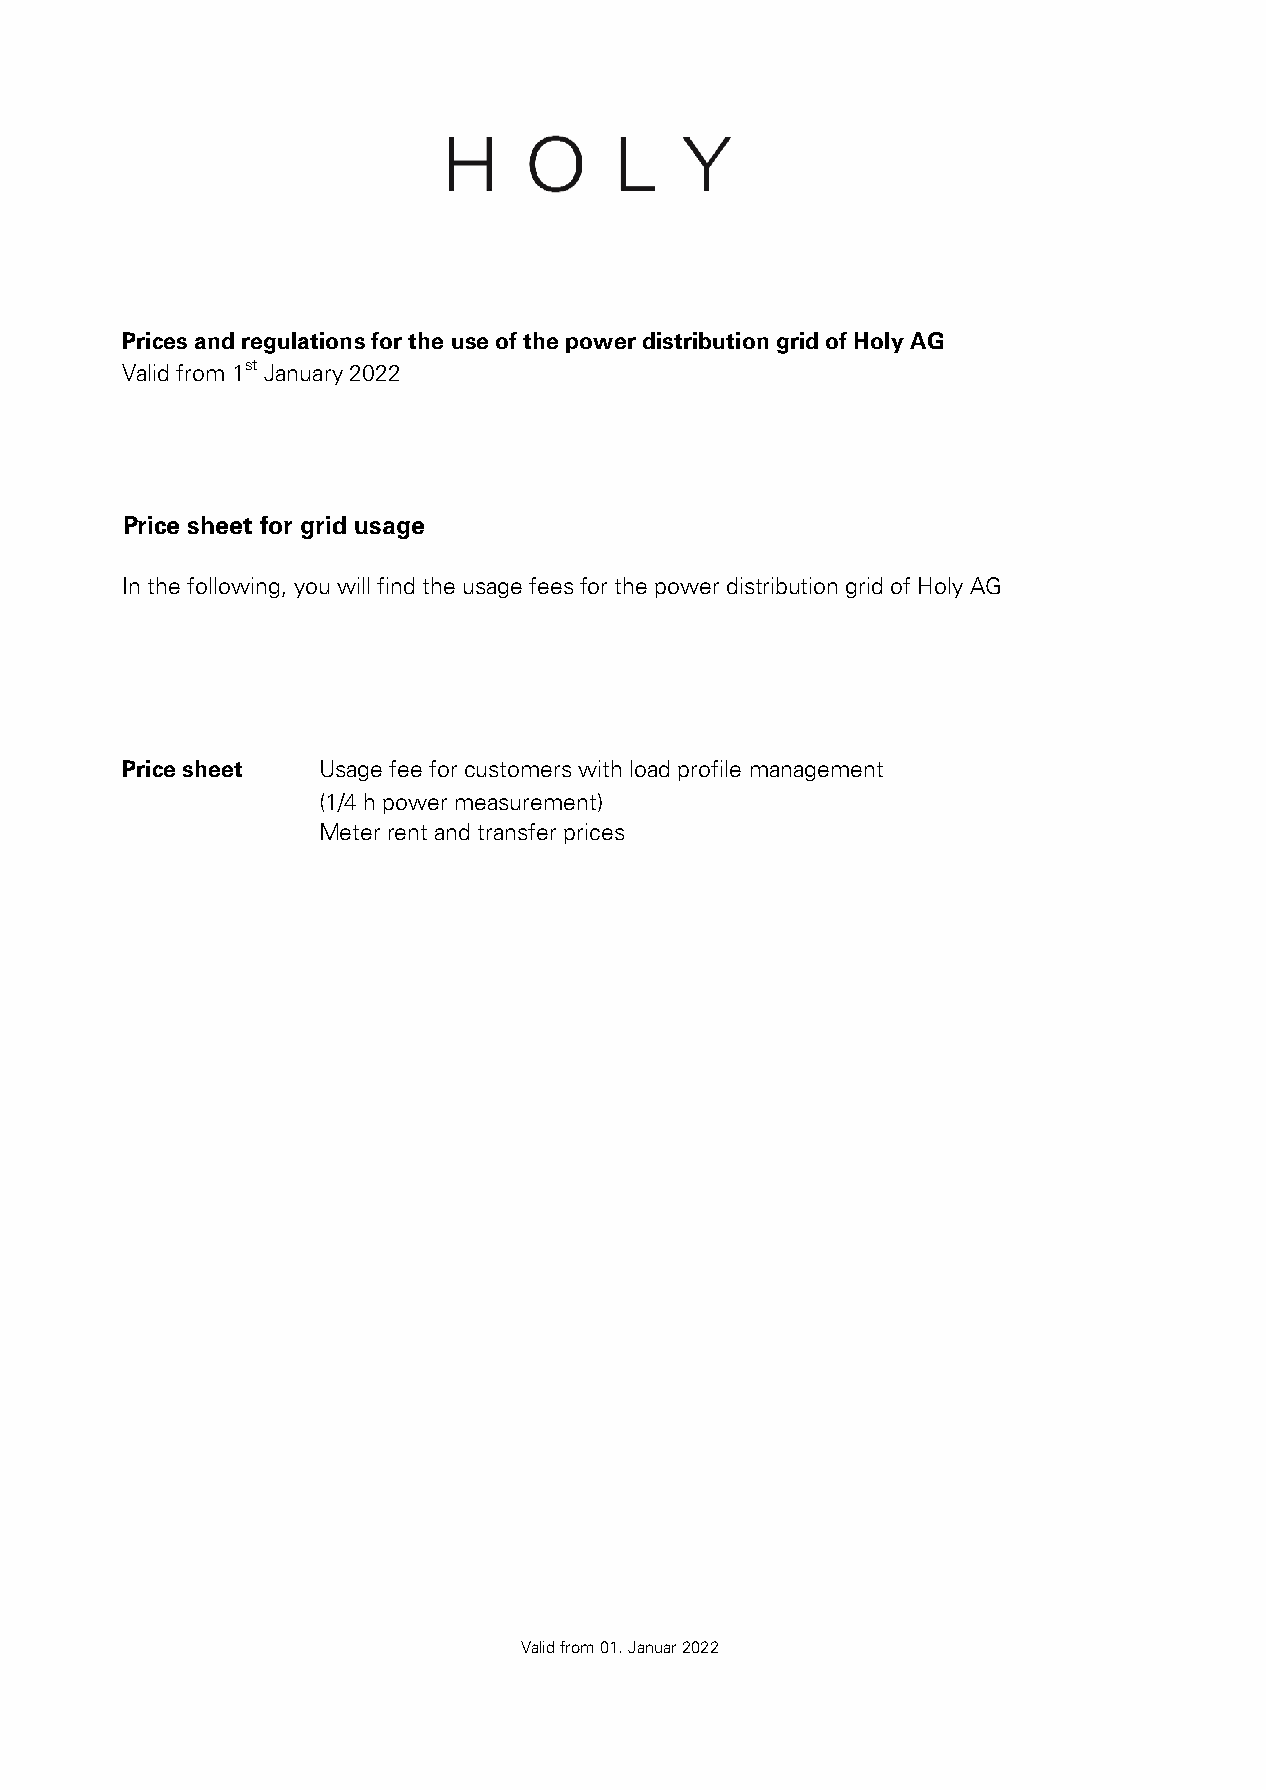
Prices and regulations for the use of the power distribution grid of Holy AG
 Valid from 1st January 2022
 Price sheet for grid usage
 In the following, you will find the usage fees for the power distribution grid of Holy AG
 Price sheet  Usage fee for customers with load profile management
 (1/4 h power measurement)
 Meter rent and transfer prices
 Valid from 01. Januar 2022